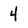
Character: 4